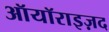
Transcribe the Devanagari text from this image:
ऑयॉराइज़द